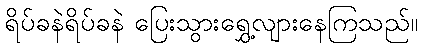
ရိပ်ခနဲရိပ်ခနဲ ပြေးသွားရွှေ့လျားနေကြသည်။